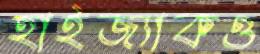
হাইজ্যাকও